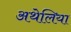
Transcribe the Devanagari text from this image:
अथेलिया